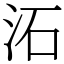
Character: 沰